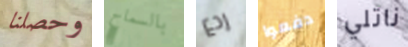
وحصلنا بالسماح ردع دفعوا ناتلي